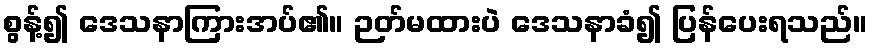
စွန့်၍ ဒေသနာကြားအပ်၏။ ဉတ်မထားပဲ ဒေသနာခံ၍ ပြန်ပေးရသည်။